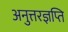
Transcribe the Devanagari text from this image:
अनुत्तरज्ञप्ति